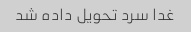
غدا سرد تحویل داده شد